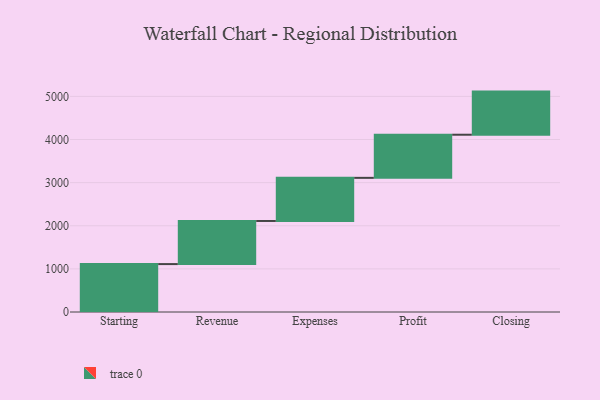
{"axis": {"x": "Step", "y": "Value"}, "legend": [""], "data": [{"x": "Starting", "y": 1111.0, "type": ""}, {"x": "Revenue", "y": 1000, "type": ""}, {"x": "Expenses", "y": 1000, "type": ""}, {"x": "Profit", "y": 1000, "type": ""}, {"x": "Closing", "y": 1000, "type": ""}]}